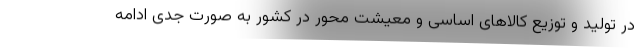
در تولید و توزیع کالاهای اساسی و معیشت محور در کشور به صورت جدی ادامه